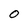
Character: O